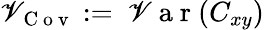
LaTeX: \mathscr{V}_{\mathrm{{~C~o~v~}}}:=\mathrm{{~\mathscr{V}~a~r~}}(C_{xy})